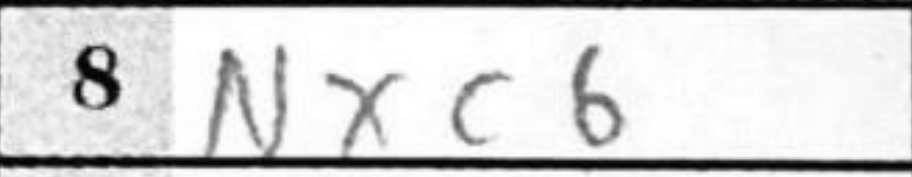
Transcription: Nxc6